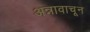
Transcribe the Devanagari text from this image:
अन्नावाचून